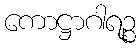
ကောဋ္ဌာဂါရဉ္စ